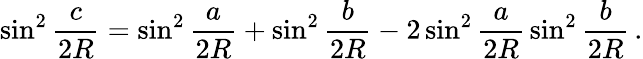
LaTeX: \sin^{2}{\frac{c}{2R}}=\sin^{2}{\frac{a}{2R}}+\sin^{2}{\frac{b}{2R}}-2\sin^{2}{\frac{a}{2R}}\sin^{2}{\frac{b}{2R}}\, .